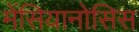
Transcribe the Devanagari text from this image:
मेंसियानोसिस